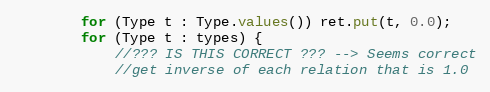
Language: Java
		for (Type t : Type.values()) ret.put(t, 0.0);
		for (Type t : types) {
			//??? IS THIS CORRECT ??? --> Seems correct
			//get inverse of each relation that is 1.0